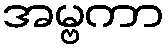
အမ္ဗကာ